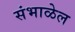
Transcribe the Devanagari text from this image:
संभाळेल